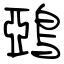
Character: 鵶